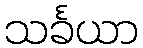
သင်္ခယာ